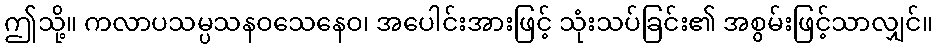
ဤသို့။ ကလာပသမ္ပသနဝသေနေဝ၊ အပေါင်းအားဖြင့် သုံးသပ်ခြင်း၏ အစွမ်းဖြင့်သာလျှင်။